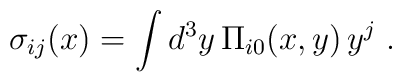
\sigma_{ij}(x) = \int d^3y \, \Pi_{i0}(x,y)\,y^j  \; .